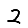
Digit: 2